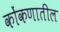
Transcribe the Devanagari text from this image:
कोंकणातील